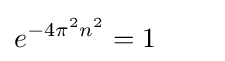
e^{-4\pi ^{2}n^{2}}=1\qquad